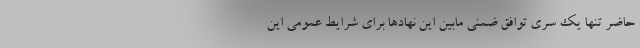
حاضر تنها یک سری توافق ضمنی مابین این نهادها برای شرایط عمومی این